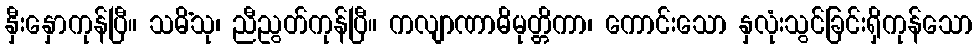
နှီးနှောကုန်ပြီ။ သမိံသု၊ ညီညွတ်ကုန်ပြီ။ ကလျာဏာဓိမုတ္တိကာ၊ ကောင်းသော နှလုံးသွင်ခြင်းရှိကုန်သော